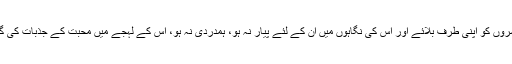
اسی طرح ایسا کیسے ہوسکتا ہے کہ اسلام دوسروں کو اپنی طرف بلائے اور اس کی نگاہوں میں ان کے لئے پیار نہ ہو، ہمدردی نہ ہو، اس کے لہجے میں محبت کے جذبات کی گرمی نہ ہو اور انسیت و اپنائیت کا شائبہ نہ ہو۔